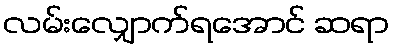
လမ်းလျှောက်ရအောင် ဆရာ